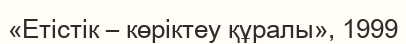
«Етістік – көріктеу құралы», 1999